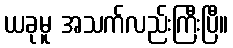
ယခုမူ အသက်လည်းကြီးပြီ။